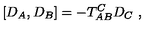
\left[ D _ { A } , D _ { B } \right] = - T _ { A B } ^ { C } D _ { C } \ ,